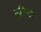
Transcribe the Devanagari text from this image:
कनिस्टर